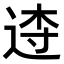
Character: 𨓣